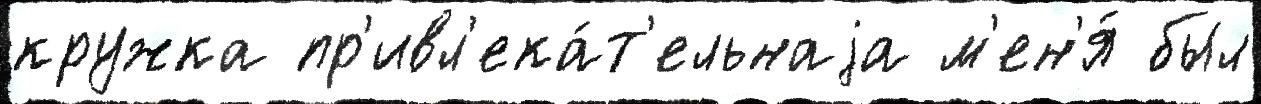
кружка пр'ивл'ека́т'ельнаjа м'ен'я́ был